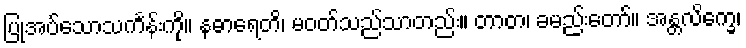
ပြုအပ်သောသင်္ကန်းကို။ နဓာရေတိ၊ မဝတ်သည်သာတည်း။ တာတ၊ ခမည်းတော်။ အန္တလိက္ခေ၊